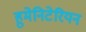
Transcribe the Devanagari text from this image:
हुमेनिटेरियन